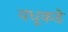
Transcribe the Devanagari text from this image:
वधूकडे